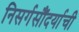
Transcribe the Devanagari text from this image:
निसर्गसौंदर्याची